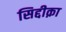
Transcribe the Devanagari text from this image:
सिद्दीक़ा